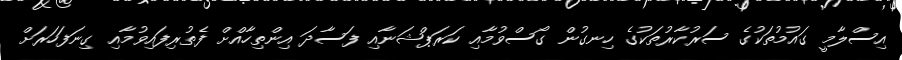
އިސްލާމީ ގައުމުތަކުގެ ސަރުކާރުތަކުގެ ހިނގުން ގޯސްވުމާއި ކަރަޕްޝަނާއި ފަސާދަ އިންތިހާއްށް ފެތުރިފައިވުމާއި ގިނަފަހަރަށް